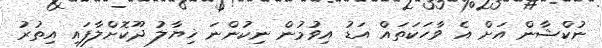
ނުކްޝާން އަށް އެ ވާހަކަތައް އަޑު އިވުމުން ނިކުންނަ ޚިޔާލު ދޫކޮށްލާފައި އިތުރު